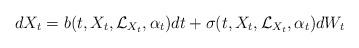
LaTeX: \begin{align*}dX_t= b(t,X_t,\mathcal{L}_{X_t},\alpha_t)dt+ \sigma(t,X_t,\mathcal{L}_{X_t},\alpha_t)dW_t\end{align*}